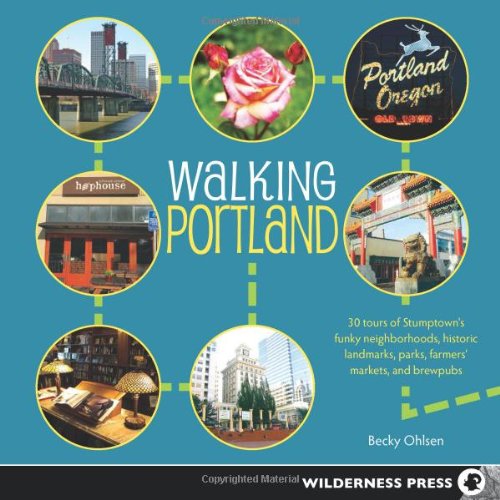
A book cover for Walking Portland: 30 Tours of Stumptown's Funky Neighborhoods, Historic Landmarks, Park Trails, Farmers Markets, and Brewpubs; Becky Ohlsen; Health, Fitness & Dieting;